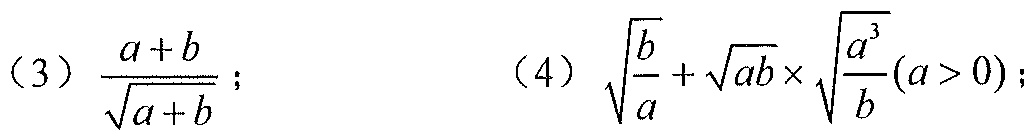
（3）\(\frac{a + b}{\sqrt{a + b}}\)； （4）\(\sqrt{\frac{b}{a}}+\sqrt{ab}\times\sqrt{\frac{a^{3}}{b}}(a > 0)\)；